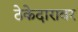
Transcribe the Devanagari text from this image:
ठेकेदारावर